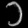
Digit: ၁